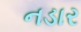
નડાર